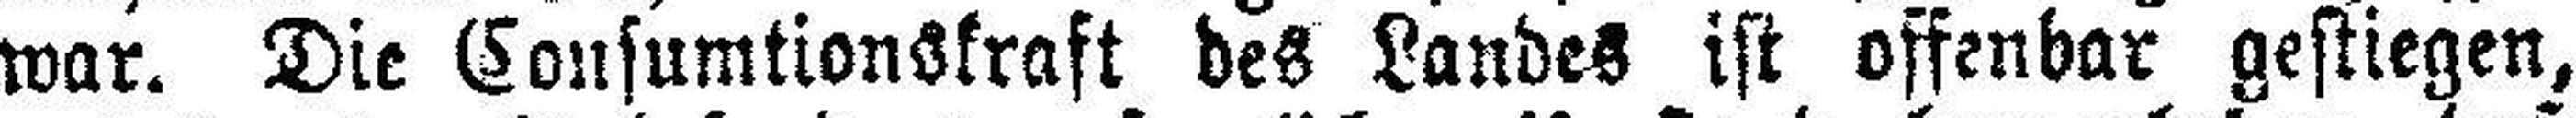
war. Die Consumtionskraft des Landes ist offenbar gestiegen,